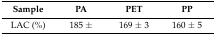
<table><thead><tr><td><b>Sample</b></td><td><b>PA</b></td><td><b>PET</b></td><td><b>PP</b></td></tr></thead><tbody><tr><td>LAC (%)</td><td>185 ± </td><td>169 ± 3</td><td>160 ± 5</td></tr></tbody></table>